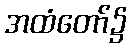
အထံတော်၌